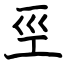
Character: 巠